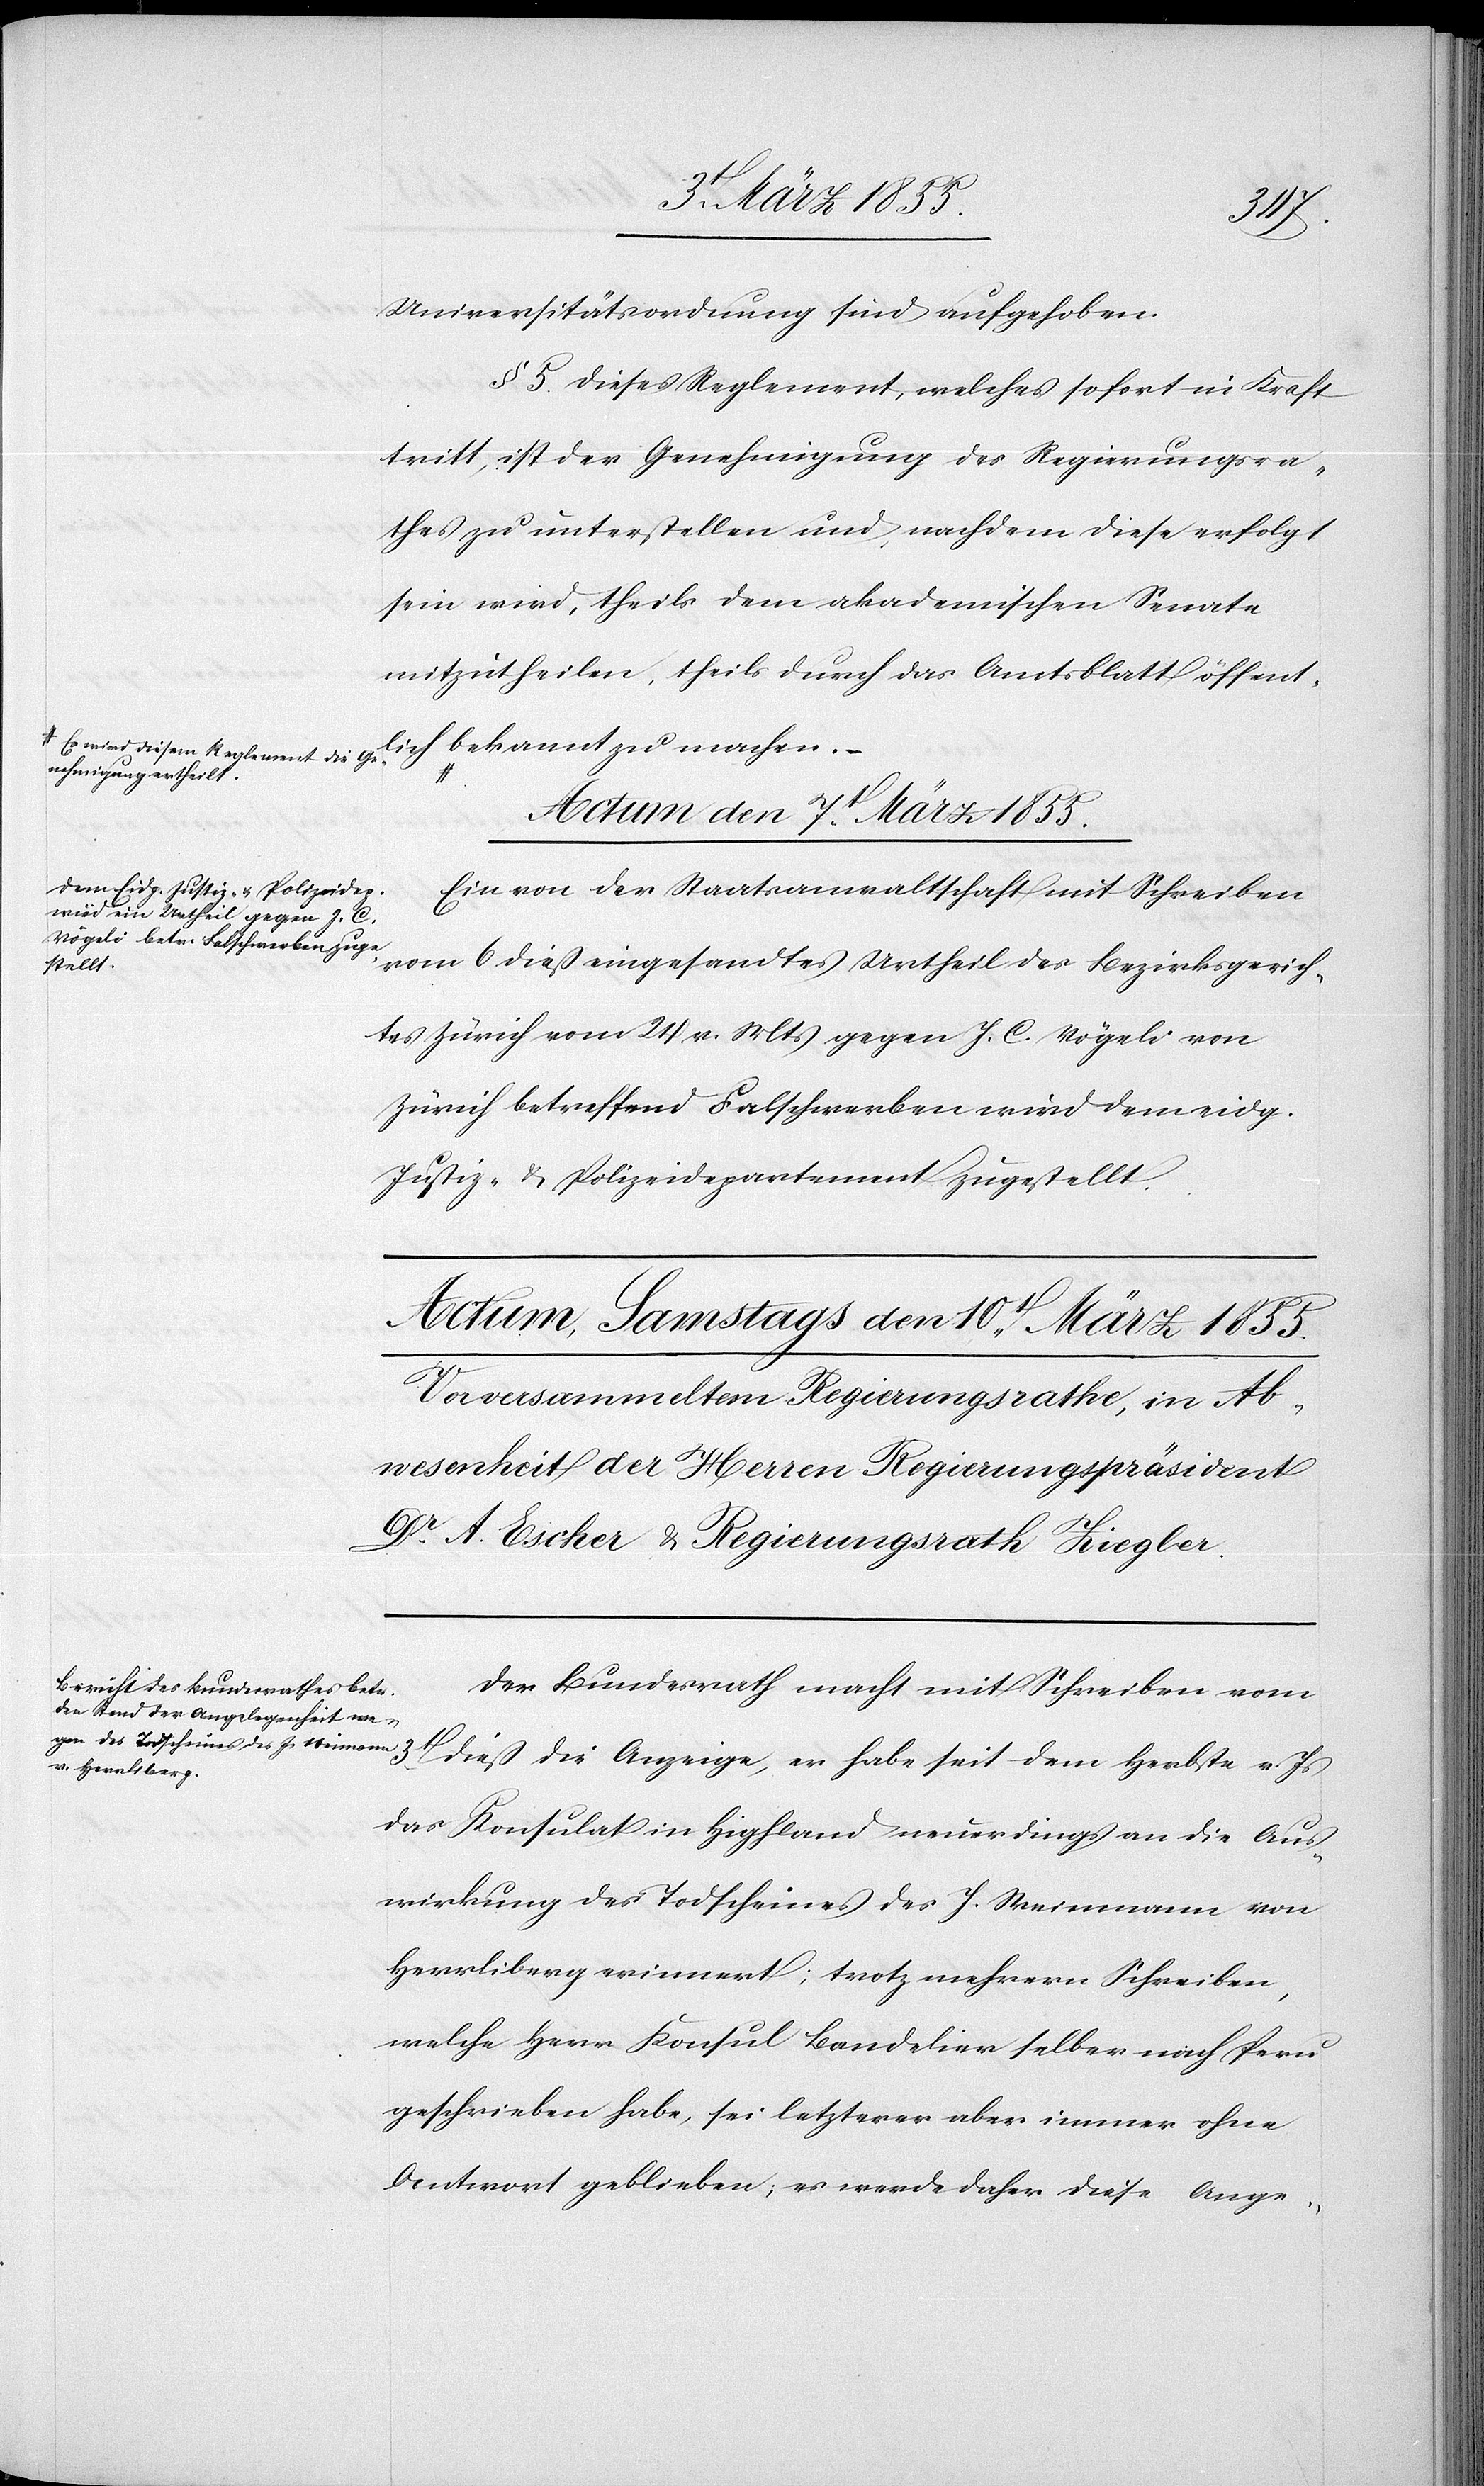
3t.
Universitätsordnung sind aufgehoben.
§ 5. Dieses Reglement, welches sofort in Kraft
tritt, ist der Genehmigung des Regierungsra¬
thes zu unterstellen und, nachdem diese erfolgt
sein wird, theils dem akademischen Senate
mitzutheilen, theils durch das Amtsblatt öffent¬
lich bekannt zu machen.
a-Es wird diesem Reglement die Ge¬
nehmigung ertheilt.-a
Actum den 7t. März 1855.
Ein von der Staatsanwaltschaft mit Schreiben
vom 6 dieß eingesandtes Urtheil des Bezirksgerich¬
tes Zürich vom 24 v. Mts gegen J. C. Vögeli von
Zürich betreffend Falschwerben wird dem eidg.
Justiz- & Polizeidepartement zugestellt.
Der Bundesrath macht mit Schreiben vom
dieß die Anzeige, er habe seit dem Herbste v. Js
das Konsulat in Highland neuerdings an die Aus¬
wirkung des Todscheines des J. Weinmann von
Herrliberg erinnert; trotz mehrern Schreiben,
welche Herr Konsul Bandelier selber nach Peru
geschrieben habe, sei letzterer aber immer ohne
Antwort geblieben; es werde daher diese Ange-